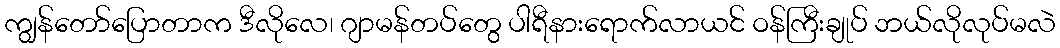
ကျွန်တော်ပြောတာက ဒီလိုလေ၊ ဂျာမန်တပ်တွေ ပါရီနားရောက်လာယင် ဝန်ကြီးချုပ် ဘယ်လိုလုပ်မလဲ